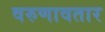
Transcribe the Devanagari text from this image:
वरुणावतार